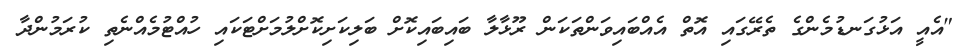
"އެއީ އަޅުގަނޑުމެންގެ ތެރޭގައި އޮތް އެއްބައިވަންތަކަން ރޫޅާލާ ބައިބައިކޮށް ބަލިކަށިކޮށްލުމަށްޓަކައި ހުއްޓުމެއްނެތި ކުރަމުންދާ